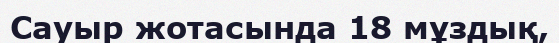
Сауыр жотасында 18 мұздық,